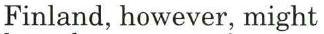
Finland, however, might